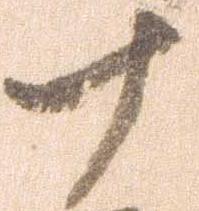
十